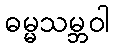
ဓမ္မသမ္ဘဝါ